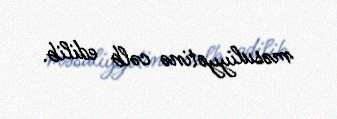
məsuliyyətinə cəlb edilib.